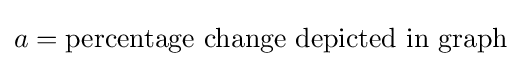
a={\text{percentage change depicted in graph}}